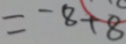
= - 8 + 8